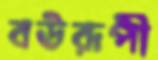
বউরূপী